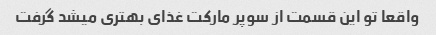
واقعا تو این قسمت از سوپر مارکت غذای بهتری میشد گرفت